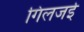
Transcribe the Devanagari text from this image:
गिलजई